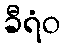
ခီရံဝ